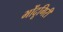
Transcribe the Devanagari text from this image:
भोंदूगिरी